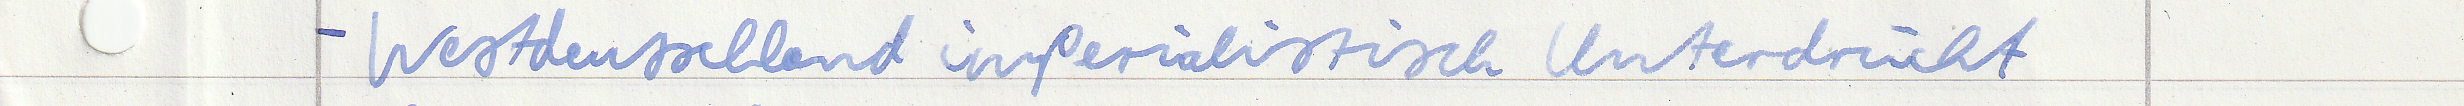
- Westdeutschland imperialistisch Unterdrückt